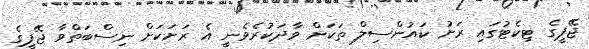
ޖޭޕީގެ ޓިކެޓުގައި ރަށު ކައުންސިލް ތަކަށް ވާދަކުރެވެނީ އެ ރަށަކަށް ނިސްބަތްވާ ޖޭޕީގެ